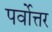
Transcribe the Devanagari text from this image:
पर्वोत्तर